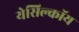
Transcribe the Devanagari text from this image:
येसिल्कॉय